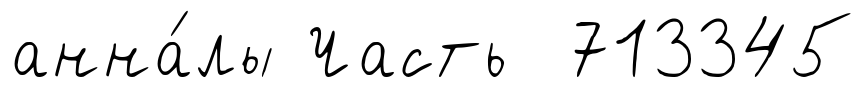
анна́лы Часть 713345